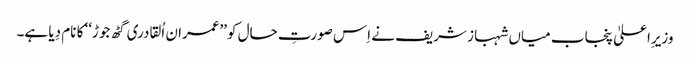
وزیرِاعلیٰ پنجاب میاں شہباز شریف نے اِس صورتِ حال کو’’عمران اُلقادری گٹھ جوڑ‘‘ کا نام دِیا ہے۔